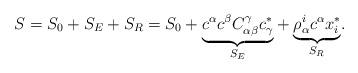
LaTeX: \begin{align*} S=S_0+S_E+S_R=S_0+\underset{S_E}{\underbrace{c^\alpha c^\beta C_{\alpha\beta}^\gamma c^*_\gamma}} + \underset{S_R}{\underbrace{\rho_\alpha^i c^\alpha x_i^*}}.\end{align*}